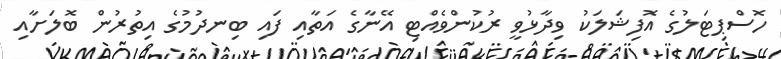
ހޮސްޕިޓަލުގެ އޮފިޝަލަކު ވިދާޅުވީ ރުކުންވެއްޓި އޭނާގެ އަތާއި ފައި ބިނދުމުގެ އިތުރުން ބޮލަށާއި